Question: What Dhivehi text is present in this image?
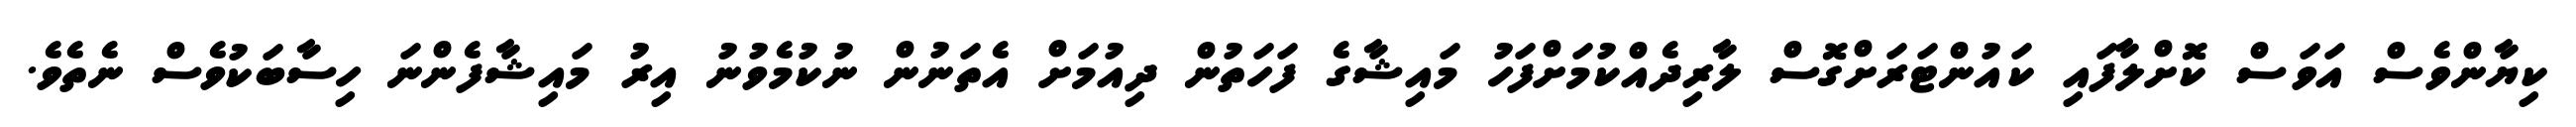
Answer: ކިޔާންވެސް އަވަސް ކޮށްލާފައި ކައުންޓަރަށްގޮސް ލާރިދެއްކުމަށްފަހު މައިޝާގެ ފަހަތުން ދިއުމަށް އެތަނުން ނުކުމެވުނު އިރު މައިޝާފެންނަ ހިސާބަކުވެސް ނެތެވެ.